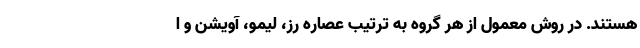
هستند. در روش معمول از هر گروه به ترتیب عصاره رز، لیمو، آویشن و ا